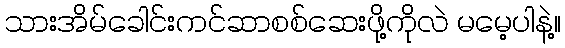
သားအိမ်ခေါင်းကင်ဆာစစ်ဆေးဖို့ကိုလဲ မမေ့ပါနဲ့။